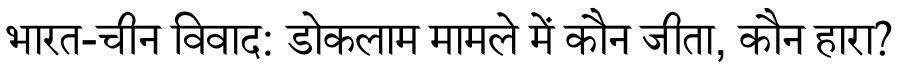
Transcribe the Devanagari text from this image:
भारत-चीन विवाद: डोकलाम मामले में कौन जीता, कौन हारा?